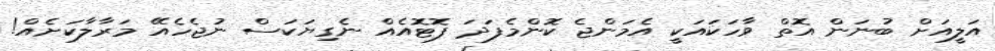
އަލީއަށް ބުނަން އޮތް ވާހަކައަކީ އެމަންޖެ ކޮންމެފަދަ ފޮޓޮއެއް ނެގިޔަކަސް ނުޖެހެއޭ މަރާލާކަށެއް!